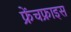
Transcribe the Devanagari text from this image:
फ्रेंचफ्राइस